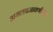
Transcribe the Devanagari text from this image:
अमलबजावणीतील